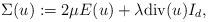
LaTeX: \begin{align*}\Sigma(u) := 2 \mu E(u) + \lambda \mathrm{div} (u) I_d ,\end{align*}